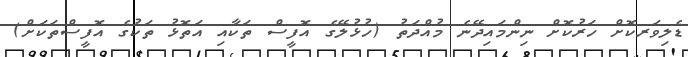
ޑެލިވަރކޮށް ހަރުކޮށް ނިންމައިދޭނެ މުއްދަތު (ހުޅުލޭގެ އޮފީސް ތަކާއި އަތޮޅު ތަކުގެ އޮފީސްތަކަށް)